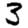
Digit: 3